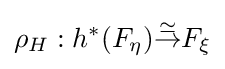
\rho _{H}:h^{*}(F_{\eta }){\overset {\simeq }{\to }}F_{\xi }